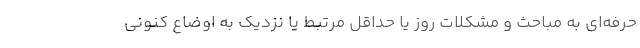
حرفه‌ای به مباحث و مشکلات روز یا حداقل مرتبط یا نزدیک به اوضاع کنونی